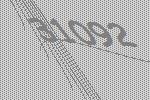
31092